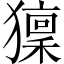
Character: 𤢤